Vaccination in Bombay 1874-1876 - 1874-1876
Year: 1874
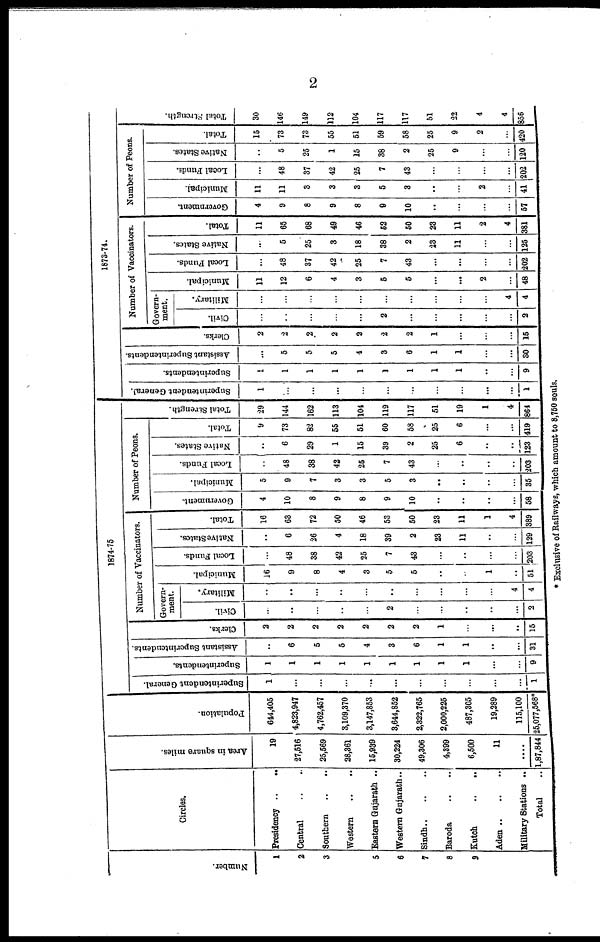
2
Number.
1
2
3
5
6
7
8
9
Circles.
Presidency ..
..
Central .. ..
Southern .. ..
Western .. ..
Eastern Gujarath ..
Western Gujarath..
Sindh .. .. ..
Baroda .. ..
Kutch .. ..
Aden
..
..
..
Military Stations ..
Total
..
Area in square miles.
19
27,516
25,569
28,361
15,939
30,224
49,306
4,399
6,500
11
....
1,87,844
Population.
644,405
4,823,947
4,762,457
3,109,370
3,147,853
3,644,852
2,322,765
2,000,225
487,305
19,289
115,100
25,077,568*
1874-75
Superintendent General.
1
...
...
...
...
...
...
...
...
...
...
1
Superintendents.
1
1
1
1
1
1
1
1
1
...
...
9
Assistant Superintendents.
...
6
5
5
4
3
6
1
1
...
...
31
Clerks.
2
2
2
2
2
2
2
1
...
...
...
15
Number of Vaccinators.
Govern-
ment.
Civil.
...
...
...
...
...
2
...
...
...
...
...
2
Military.
...
...
...
...
...
...
...
...
...
...
4
4
Municipal.
16
9
8
4
3
5
5
...
...
1
...
51
Local Funds.
...
48
38
42
25
7
43
...
...
...
...
203
Native States.
...
6
26
4
18
39
2
23
11
...
...
129
Total.
16
63
72
50
46
53
50
23
11
1
4
389
Number of Peons.
Government.
4
10
8
9
8
9
10
...
...
...
...
58
Municipal.
5
9
7
3
3
5
3
...
...
...
...
35
Local Funds.
..
48
38
42
25
7
43
...
...
...
...
203
Native States.
..
6
29
1
15
39
2
25
6
...
...
123
Total.
9
73
82
55
51
60
58
25
6
...
...
419
Total Strength.
29
144
162
113
104
119
117
51
19
1
4
864
1873-74.
Superintendent General.
1
...
...
...
...
...
...
...
...
...
...
1
Superintendents.
1
1
1
1
1
1
1
1
1
...
...
9
Assistant Superintendents.
...
5
5
5
4
3
6
1
1
...
...
30
Clerks.
2
2
2
2
2
2
2
1
...
...
...
15
Number of Vaccinators.
Govern-
ment.
Civil.
...
...
...
...
...
2
...
...
...
...
...
2
Military.
...
...
...
...
...
...
...
...
...
...
4
4
Municipal.
11
12
6
4
3
5
5
...
...
2
...
48
Local Funds.
...
48
37
42
25
7
43
...
...
...
...
202
Native States.
...
5
25
3
18
38
2
23
11
...
...
125
Total.
11
65
68
49
46
52
50
23
11
2
4
381
Number of Peons.
Government.
4
9
8
9
8
9
10
...
...
...
...
57
Municipal.
11
11
3
3
3
5
3
...
...
2
...
41
Local Funds.
...
48
37
42
25
7
43
...
...
...
...
202
Native States.
..
5
25
1
15
38
2
25
9
...
...
120
Total.
15
73
73
55
51
59
58
25
9
2
...
420
Total Strength.
30
146
149
112
104
117
117
51
22
4
4
856
* Exclusive of Railways, which amount to 8,750 souls.